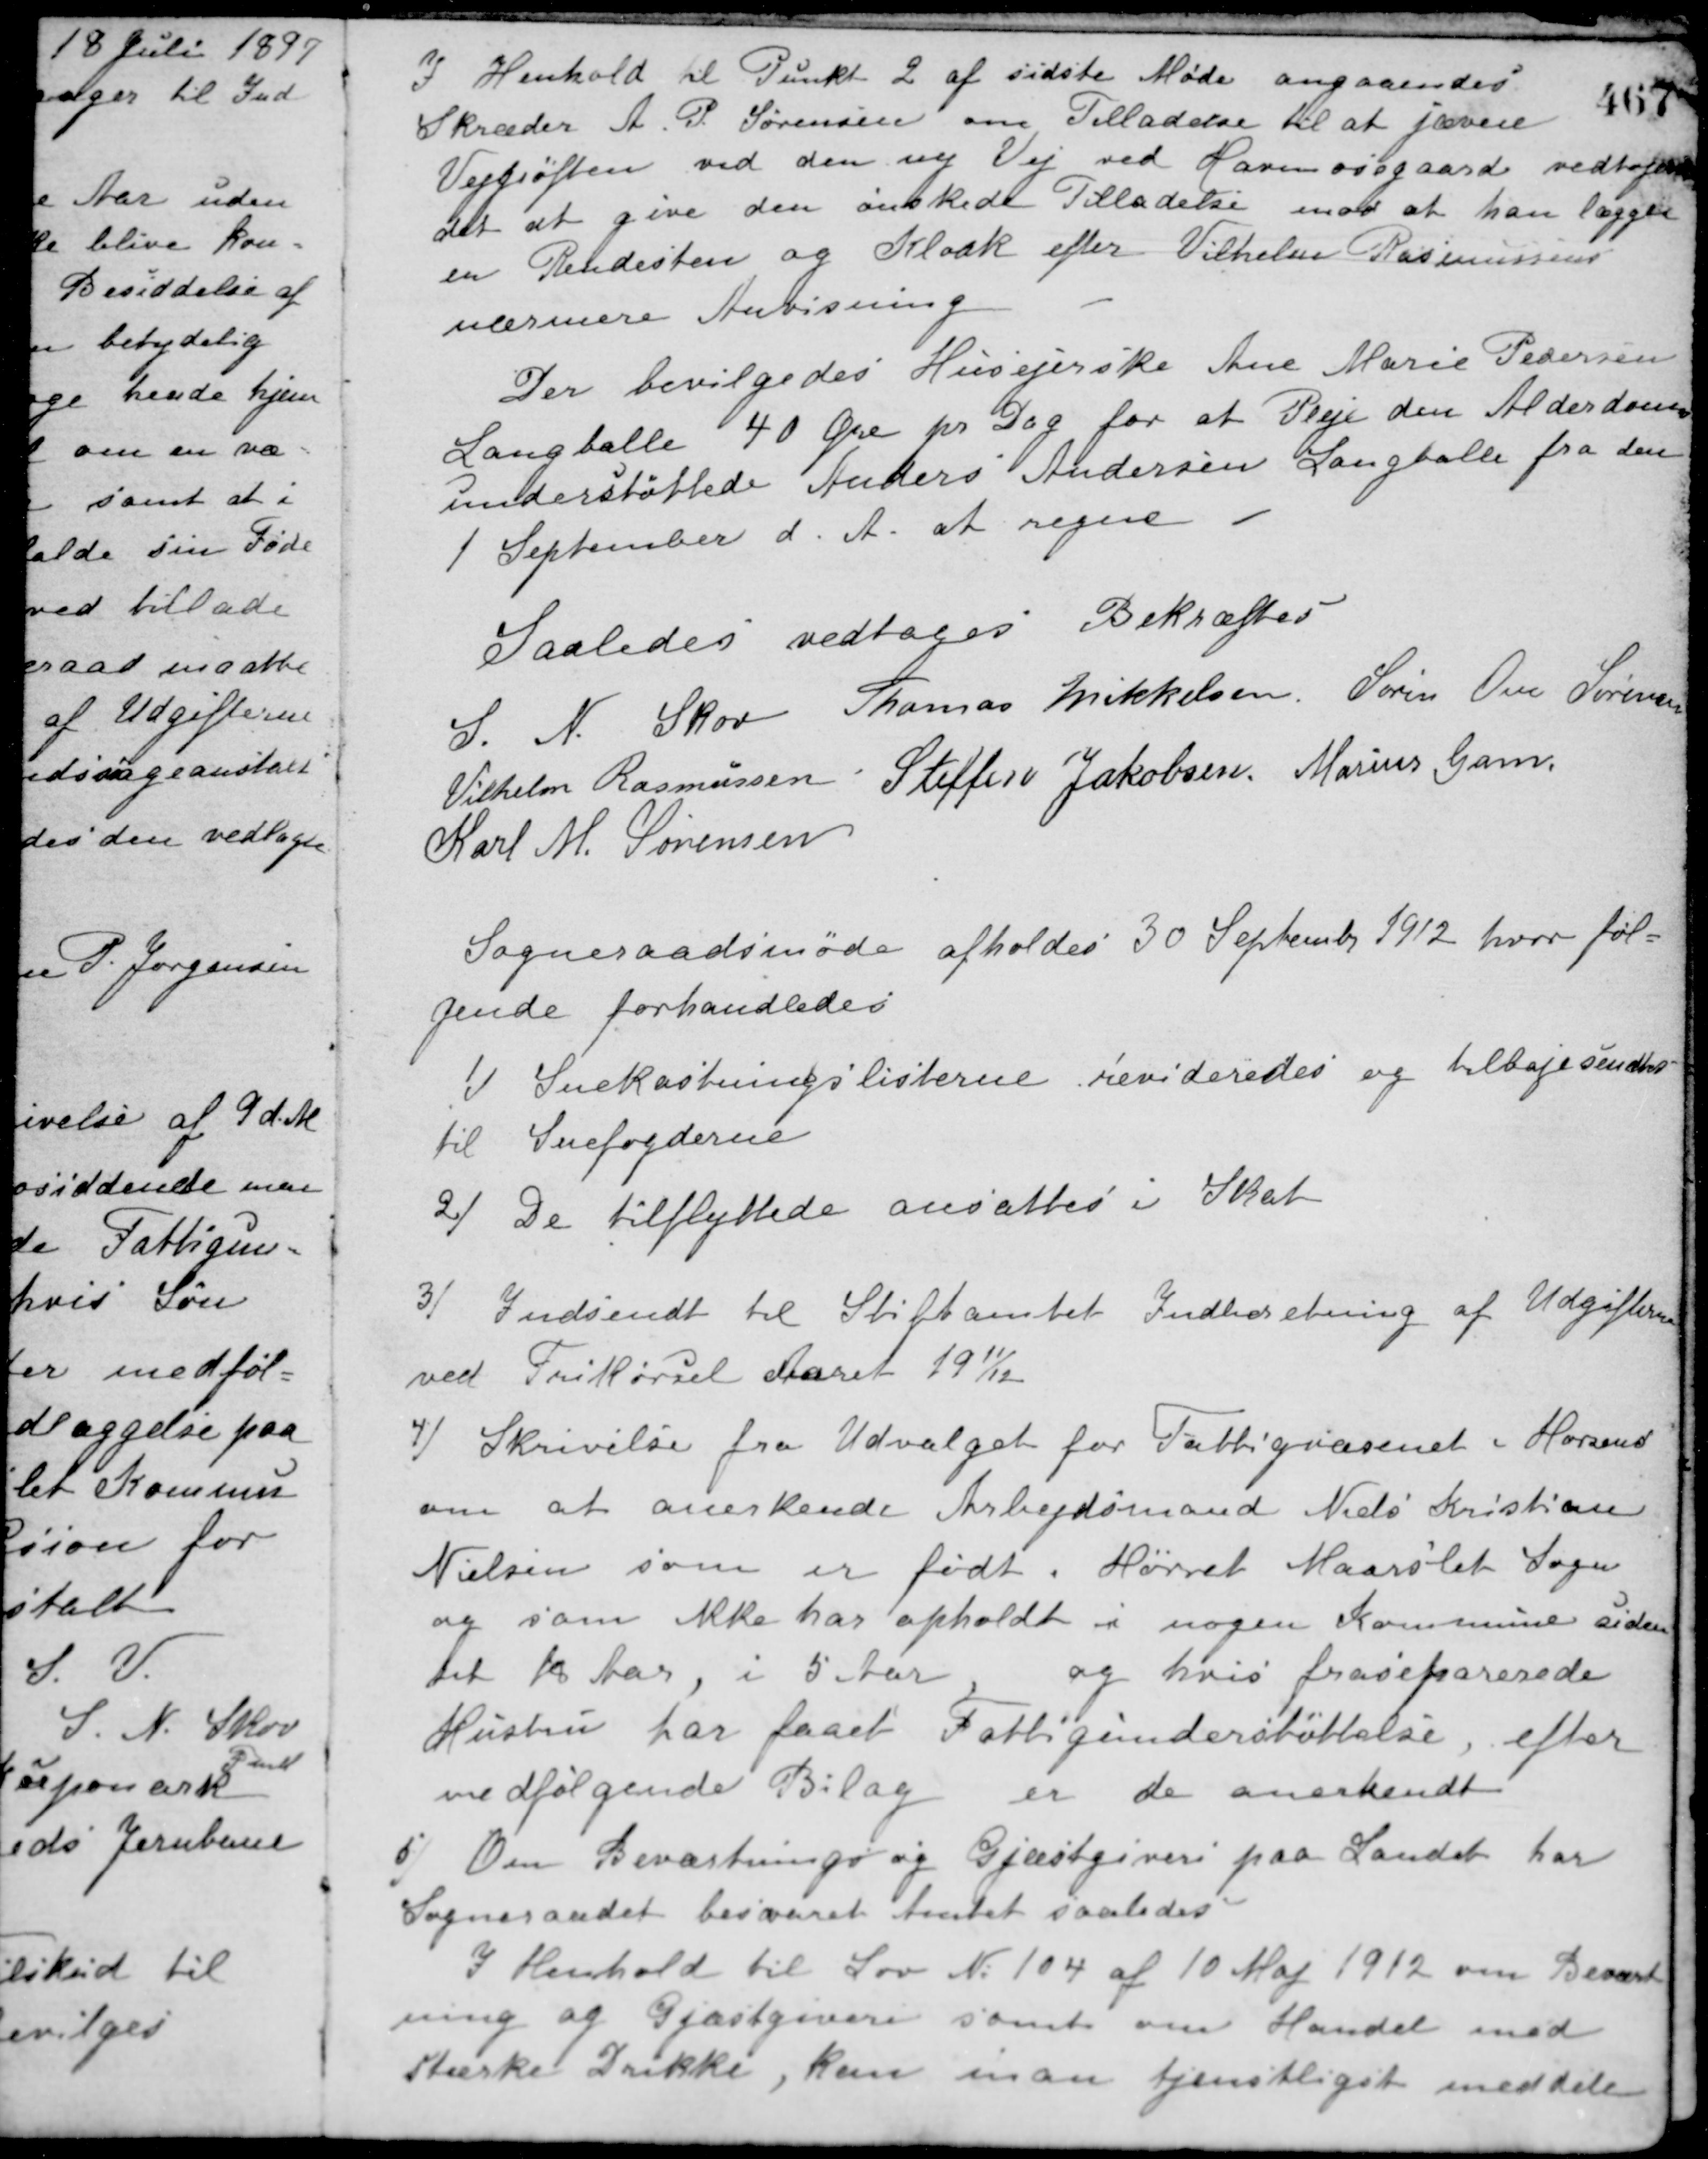
Transskription:
I Henhold til Punkt 2 af sidste Møde angaaendes
Skræder A. P. Sørensen om Tilladelse til at jævne
Vejgrøften ved den ny Vej ved Havmosegaard vedtoges
det at give den ønskede Tilladelse mod at han lægger
en Rendesten og Kloak efter Vilhelm Rasmussens
nærmere Anvisning.
Der bevilgedes Husejerske Ane Marie Pedersen
Langballe 40 Øre pr. Dag for at Pleje den Alderdoms-
understøttede Anders Andersen Langballe fra den
1 September d. A. at regne
Saaledes vedtages Bekræftes
S. N. Skov Thomas Mikkelsen Søren Ove Sørensen
Vilhelm Rasmussen Steffen Jakobsen Marius Gam
Karl M. Sørensen
Sogneraadsmøde afholdes 30 September 1912 hvor føl-
gende forhandledes
1/ Snekastningslisterne revideredes og tilbagesendtes
til Snefogderne.
2/ De tilflyttede ansattes i Skat.
3/ Indsendt til Stiftamtet Indberetning af Udgifterne
ved Frikørsel Aaret 1911/12.
4/ Skrivelse fra Udvalget for Fattigvæsenet i Horsens
om at anerkende Arbejdsmand Niels Kristian
Nielsen som er født i Hørret Maarslet Sogn
og som ikke har opholdt i nogen Kommune siden
sit 18 Aar, i 5 Aar og hvis fraseparerede
Hustru har faaet Fattigunderstøttelse, efter
medfølgende Bilag er de anerkendt.
5/ Om Beværtnings og Gjæstgiveri paa Landet har
Sogneraadet besvaret Amtet saaledes.
I Henhold til Lov No 104 af 10 Maj 1912 om Bevært-
ning og Gjæstgiveri samt om Handel med
stærke Drikke, kan man tjenstligst meddele